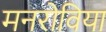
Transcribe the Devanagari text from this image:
मनरोविया